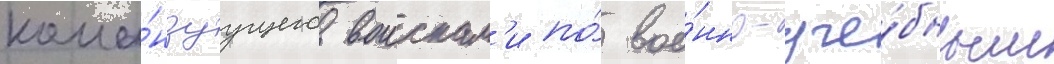
кома́ндуущего воискам'и по́ вое́нно-уче́бным